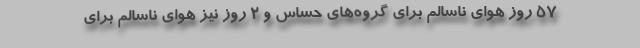
۵۷ روز هوای ناسالم برای گروه‌های حساس و ۲ روز نیز هوای ناسالم برای